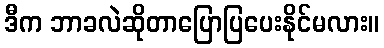
ဒီက ဘာခလဲဆိုတာပြောပြပေးနိုင်မလား။